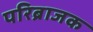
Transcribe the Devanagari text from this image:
परिब्राजक